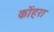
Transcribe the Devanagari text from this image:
कोंहरा